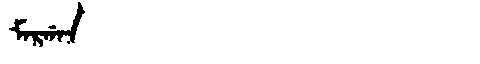
Manchu: ᠮᠠᡵᡤᠠᠨ
Romanization: MARGAN